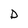
Character: D